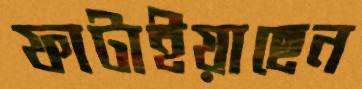
ফাটাইয়াছেন